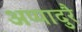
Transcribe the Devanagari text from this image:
अप्पादुरै